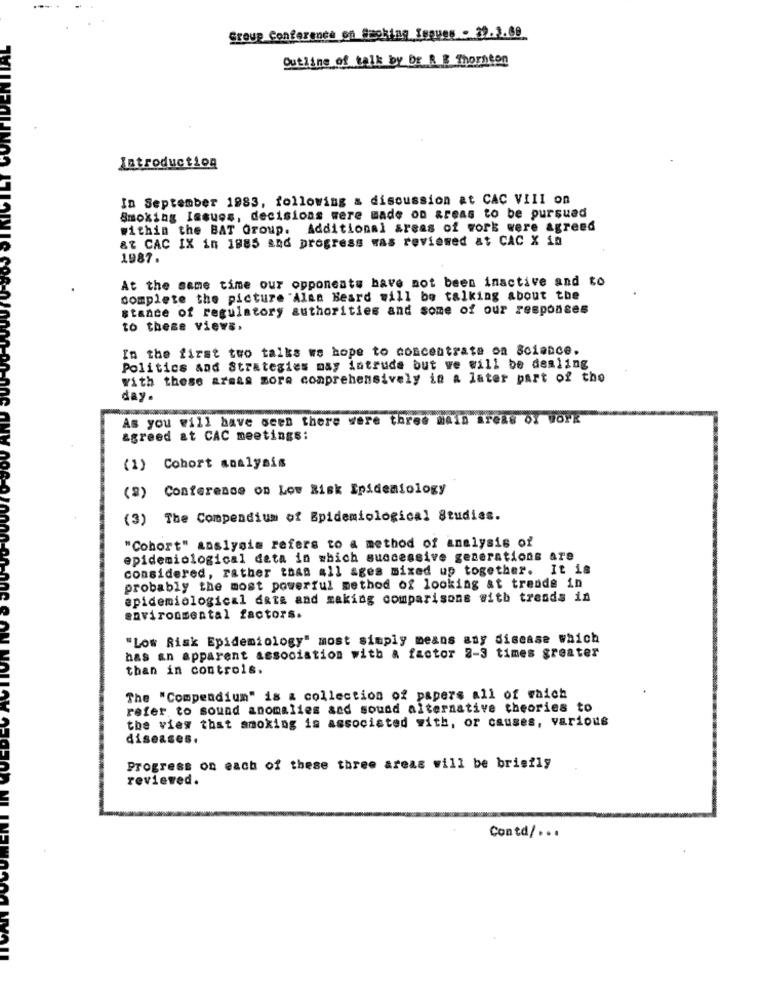
Group Conference on Smoking Toques - 39.2.68_
Outline of talk by br & & Thornton
Introduction
In September 1983, following a discussion at CAC VIII on
Smoking Issues, decisions were made on areas to be pursued
within the BAT Group. Additional areas of work were agreed
&& CAC IX in 1885 and progress was reviewed at CAC X 10
1987.
At the same time our opponents have not been inactive and to
complete the picture Alan Heard will be talking about the
stance of regulatory authorities and some of our responses
to these views.
In the first two talks we hope to concentrate on Science.
Politics and Strategies may intrude but we will be dealing
With these areas more comprehensively in a later part of the
day.
As you will have been there were three main areas of Work
agreed at CAC meetings:
(1) Cohort analysis
(2) Conference on Low Risk Epidemiology
(3) The Compendium of Epidemiological Studies.
"Cohort" analysis refers to a method of analysis of
epidemiological deta in which successive generations are
considered, rather taan all ages mixed up together. It is
probably the most powerful method of looking at trends in
epidemiological data and making comparisons with trends in
environmental factors.
"Los Risk Epidemiology" most simply means any disease which
has an apparent association with & factor 2-3 times greater
than in controls.
The "Compendium" is a collection of papers all of which
refer to sound anomalies sad sound alternative theories to
the view that smoking is associated with, or causes, various
diseases.
Progress on each of these three areas will be briefly
reviewed.
Contd/ ...